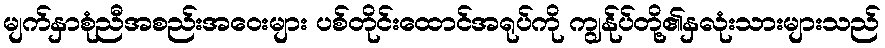
မျက်နှာစုံညီအစည်းအဝေးများ ပစ်တိုင်းထောင်အရုပ်ကို ကျွန်ုပ်တို့၏နှလုံးသားများသည်